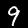
Digit: 9